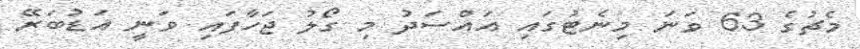
މެޗުގެ 63 ވަނަ މިނެޓުގައި އައްސަދު މި ގޯލު ޖަހާފައި ވަނީ އަޑުބަރޭ